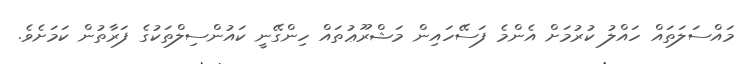
މައްސަލަތައް ހައްލު ކުރުމަށް އެންމެ ފަސޭހައިން މަޝްރޫޢުތައް ހިންގޭނީ ކައުންސިލްތަކުގެ ފަރާތުން ކަމަށެވެ.